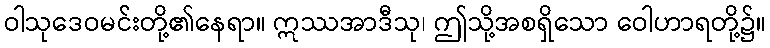
ဝါသုဒေဝမင်းတို့၏နေရာ။ ဣဿအာဒီသု၊ ဤသို့အစရှိသော ဝေါဟာရတို့၌။